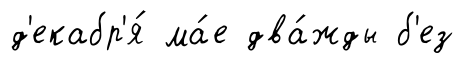
д'екабр'я́ ма́е два́жды б'ез